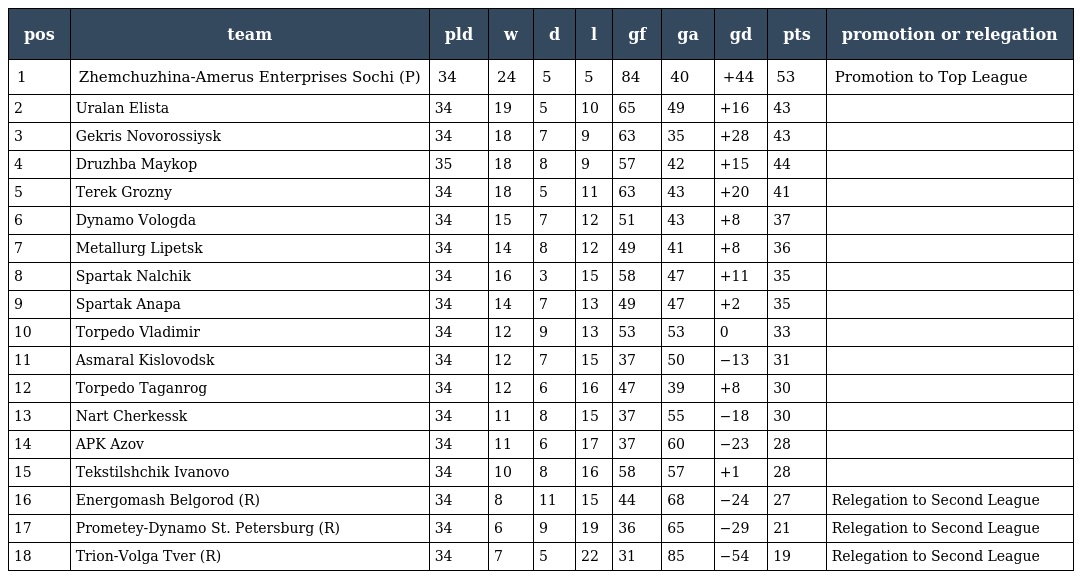
| pos | team | pld | w | d | l | gf | ga | gd | pts | promotion or relegation |
 | --- | --- | --- | --- | --- | --- | --- | --- | --- | --- | --- |
 | 1 | Zhemchuzhina-Amerus Enterprises Sochi (P) | 34 | 24 | 5 | 5 | 84 | 40 | +44 | 53 | Promotion to Top League |
 | 2 | Uralan Elista | 34 | 19 | 5 | 10 | 65 | 49 | +16 | 43 |  |
 | 3 | Gekris Novorossiysk | 34 | 18 | 7 | 9 | 63 | 35 | +28 | 43 |  |
 | 4 | Druzhba Maykop | 35 | 18 | 8 | 9 | 57 | 42 | +15 | 44 |  |
 | 5 | Terek Grozny | 34 | 18 | 5 | 11 | 63 | 43 | +20 | 41 |  |
 | 6 | Dynamo Vologda | 34 | 15 | 7 | 12 | 51 | 43 | +8 | 37 |  |
 | 7 | Metallurg Lipetsk | 34 | 14 | 8 | 12 | 49 | 41 | +8 | 36 |  |
 | 8 | Spartak Nalchik | 34 | 16 | 3 | 15 | 58 | 47 | +11 | 35 |  |
 | 9 | Spartak Anapa | 34 | 14 | 7 | 13 | 49 | 47 | +2 | 35 |  |
 | 10 | Torpedo Vladimir | 34 | 12 | 9 | 13 | 53 | 53 | 0 | 33 |  |
 | 11 | Asmaral Kislovodsk | 34 | 12 | 7 | 15 | 37 | 50 | −13 | 31 |  |
 | 12 | Torpedo Taganrog | 34 | 12 | 6 | 16 | 47 | 39 | +8 | 30 |  |
 | 13 | Nart Cherkessk | 34 | 11 | 8 | 15 | 37 | 55 | −18 | 30 |  |
 | 14 | APK Azov | 34 | 11 | 6 | 17 | 37 | 60 | −23 | 28 |  |
 | 15 | Tekstilshchik Ivanovo | 34 | 10 | 8 | 16 | 58 | 57 | +1 | 28 |  |
 | 16 | Energomash Belgorod (R) | 34 | 8 | 11 | 15 | 44 | 68 | −24 | 27 | Relegation to Second League |
 | 17 | Prometey-Dynamo St. Petersburg (R) | 34 | 6 | 9 | 19 | 36 | 65 | −29 | 21 | Relegation to Second League |
 | 18 | Trion-Volga Tver (R) | 34 | 7 | 5 | 22 | 31 | 85 | −54 | 19 | Relegation to Second League |